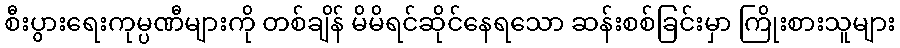
စီးပွားရေးကုမ္ပဏီများကို တစ်ချိန် မိမိရင်ဆိုင်နေရသော ဆန်းစစ်ခြင်းမှာ ကြိုးစားသူများ